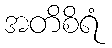
အတိစိရံ